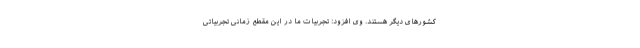
کشورهای دیگر هستند. وی افزود: تجربیات ما در این مقطع زمانی تجربیاتی